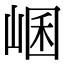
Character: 𡸙